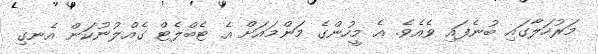
މަރުހަލާގައި ބުނެފައި ވެއެވެ. އެ މީހުންގެ މަންމައަށް އެ ޓެބްލެޓް ގެއްލުނުކަން އެނގި